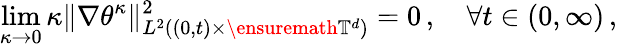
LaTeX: \operatorname*{lim}_{\kappa\to 0}\kappa\| \nabla\theta^{\kappa}\| _{L^{2}((0,t)\times\ensuremath{\mathbb{T}}^{d})}^{2}=0\, ,\quad\forall t\in(0,\infty)\, ,